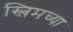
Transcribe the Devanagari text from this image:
स्लिमच्या